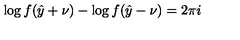
\log f ( \hat { y } + \nu ) - \log f ( \hat { y } - \nu ) = 2 \pi i \protect